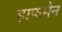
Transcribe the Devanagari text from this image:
हाफमैन